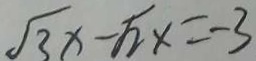
\sqrt { 3 } x - \sqrt { 2 } x = - 3